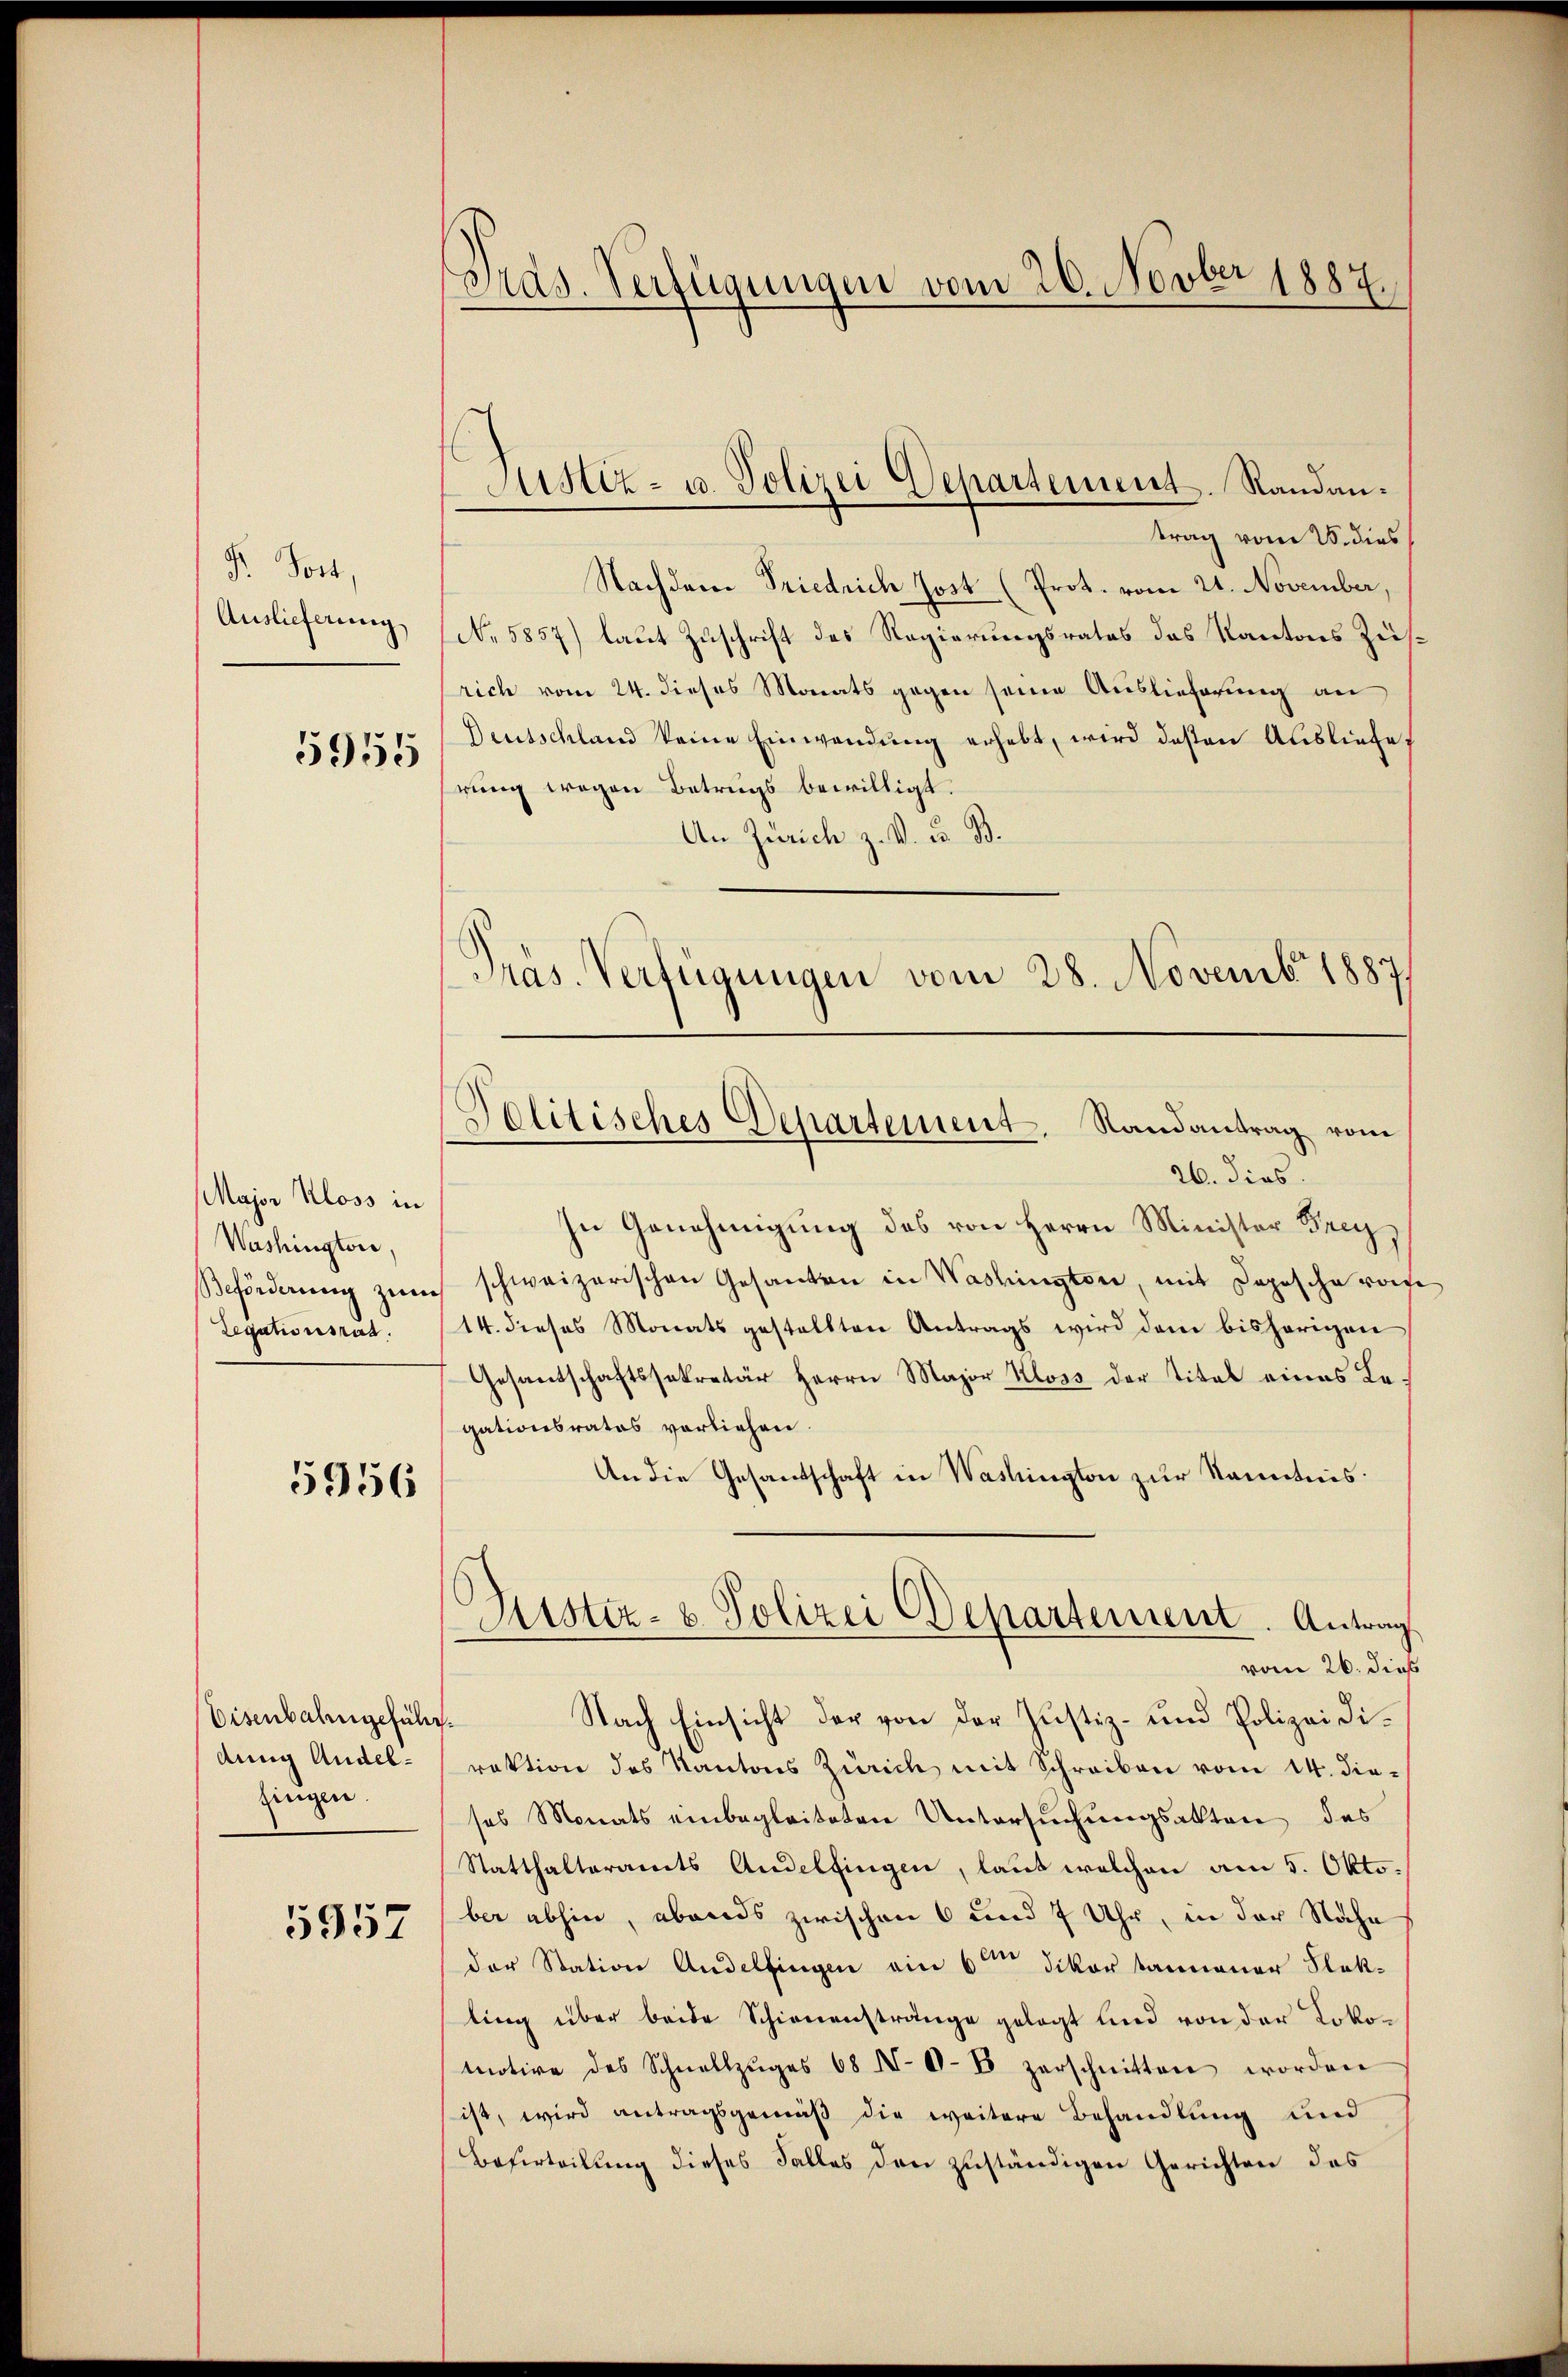
Dr. Jost,
Auslieferung

5955

Major Kloss in
Washington,
Beförderung zum
Legationsrat.

5956

Eisenbahngeführ
dung Andelfingen.

5957

Präs. Verfügungen vom 26. Novber 1887.

trag vom 25. dies
Nachdem Friedrich Jost (Prot. vom 21. November,
No 5857) laut Zuschrift des Regierungsrates das Kantons Zusrich vom 24. dieses Monats gegen seine Auslieferung an
Deutschland keine Einwendung erhebt, wird deßen Ausliefe
rung wegen Betrugs bewilligt.
An Zürich z. V. u. B.
Präs. Verfügungen vom 28. Novembr 1887,

Justiz- u. Polizei Departement. Randan¬

Politisches Departement. Randantrag vom

26. dies
In Genehmigŭng des von Herrn Minister Frey
schweizerischen Gesanten in Washington, mit Depesche rote
14. dieses Monats gestellten Antrags wird dem bisherigen
Gesantschaftssekretär Herrn Major Kloss der Titel eines Legationsrates vorliehen.
An die Gesandschaft in Washington zur Kenntnis:
Nach Einsicht der von der Justiz- und Polizeidif
rektion des Kantons Zürich mit Schreiben vom 14. die-
ses Monats einbegleiteten Untersuchungsakten des
Statthalteramts Andelfingen, laut welchen am 5. Okto.
ber abhin, abends zwischen 6 und 7 Uhr, in der Nähe
der Station Andelfingen ain 6ten Dikortannener Plak-
ling über beide Schienenstrange gelegt und von der Lokomotive des Schnellzŭges 68 N.O.B zerschnitten worden
ist, wird antragsgemäß die weitere Behandlung und
Beferteilung dieses Falles den zuständigen Gerichten des

Zustiz- & Polizei Departement. Antrag
vom 26. dieß